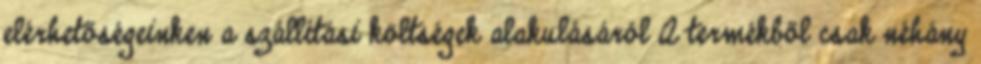
elérhetőségeinken a szállítási költségek alakulásáról A termékből csak néhány